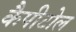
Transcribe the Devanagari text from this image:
कैपीटोल